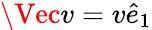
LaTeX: \Vec{v}=v\hat{e}_{1}